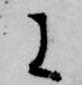
に